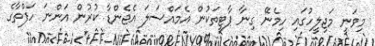
މިވަނީ މަޖިލީހުގައި ހިމެނޭ ގިނާ ޕާޓީތަކުން އެމައްސަލަ އެޖެންޑާ ކުރުން އަންނަ ހަފްތާގެ